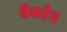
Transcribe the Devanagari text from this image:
बैंकहैड